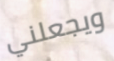
ويجعلني